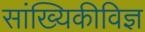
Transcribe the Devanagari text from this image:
सांख्यिकीविज्ञ